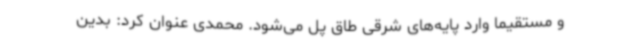
و مستقیما وارد پایه‌های شرقی طاق پل می‌شود. محمدی عنوان کرد: بدین